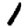
Digit: 1